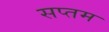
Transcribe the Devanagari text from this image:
सप्‍तम